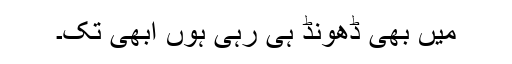
میں بھی ڈھونڈ ہی رہی ہوں ابھی تک۔